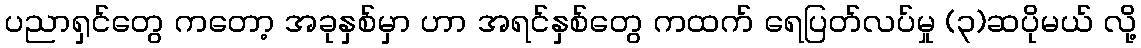
ပညာရှင်တွေ ကတော့ အခုနှစ်မှာ ဟာ အရင်နှစ်တွေ ကထက် ရေပြတ်လပ်မှု (၃)ဆပိုမယ် လို့